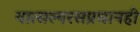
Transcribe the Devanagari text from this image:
वात्सल्यरसप्रधानही